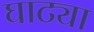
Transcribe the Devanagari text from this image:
घाट्या